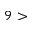
9 >